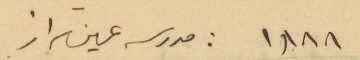
١٨٨٨: مدرسة عين تراز